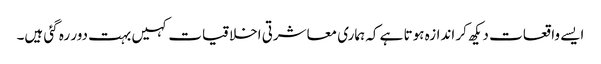
ایسے واقعات دیکھ کر اندازہ ہوتا ہے کہ ہماری معاشرتی اخلاقیات کہیں بہت دور رہ گئی ہیں۔